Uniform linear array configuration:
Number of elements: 8
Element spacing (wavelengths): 0.75
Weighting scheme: kaiser
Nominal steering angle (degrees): -30
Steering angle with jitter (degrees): -30.568
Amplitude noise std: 0.05
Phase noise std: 0.05

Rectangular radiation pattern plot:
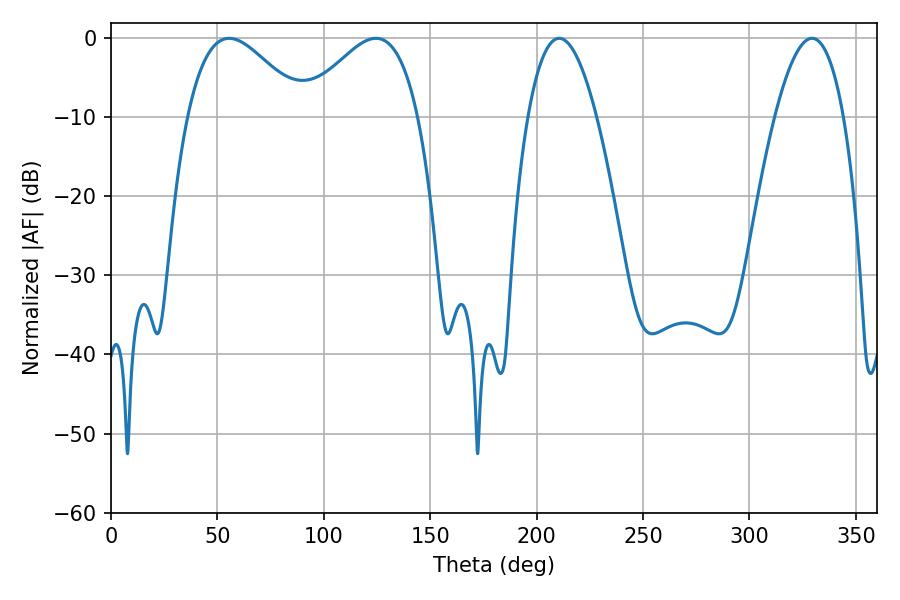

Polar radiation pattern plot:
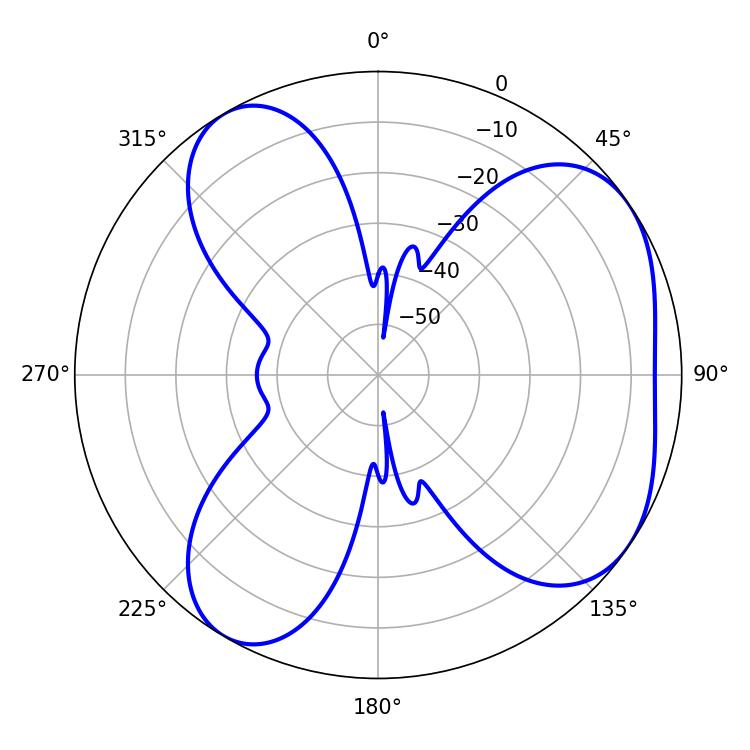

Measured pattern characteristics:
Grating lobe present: TRUE
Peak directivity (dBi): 5.168
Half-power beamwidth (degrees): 17.82
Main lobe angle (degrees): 210.6